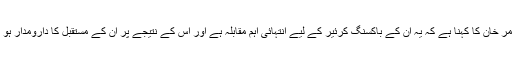
عامر خان کا کہنا ہے کہ یہ ان کے باکسنگ کرئیر کے لیے انتہائی اہم مقابلہ ہے اور اس کے نتیجے پر ان کے مستقبل کا دارومدار ہو گا۔